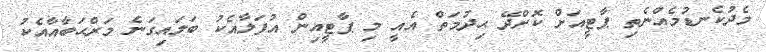
މެދުކެނޑުމެއްނެތި ޕާޓީއަށް ކޮށްދޭ ޙިދުމަތް އެއީ މި ޕާޓީއިން އުފަލާއެކު ބަލައިގަނެ މަރްޙަބާއާއެކު